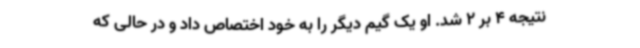
نتیجه 4 بر 2 شد. او یک گیم دیگر را به خود اختصاص داد و در حالی که